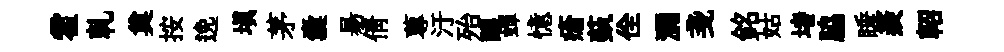
霍乹奠按𨓜塡茅囊昜倩蓴汙殆醲蟬憶瘡蓺佺瀰戔銘姑堵脇睡羨軺